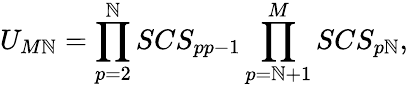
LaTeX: U_{M\mathbb{N}}=\prod_{p=2}^{\mathbb{N}}SCS_{pp-1}\prod_{p=\mathbb{N}+1}^{M}SCS_{p\mathbb{N}},